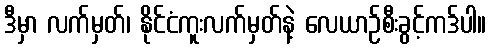
ဒီမှာ လက်မှတ်၊ နိုင်ငံကူးလက်မှတ်နဲ့ လေယာဉ်စီးခွင့်ကဒ်ပါ။